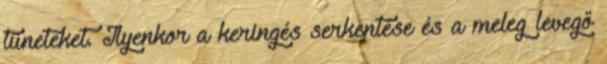
tüneteket. Ilyenkor a keringés serkentése és a meleg levegő